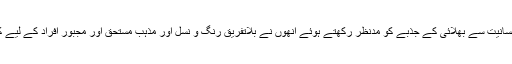
اپنے فن کی مہارت اور انسانیت سے بھلائی کے جذبے کو مدنظر رکھتے ہوئے انھوں نے بلاتفریق رنگ و نسل اور مذہب مستحق اور مجبور افراد کے لیے کھانا تیار کرنا شروع کیا۔